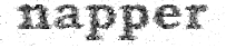
napper